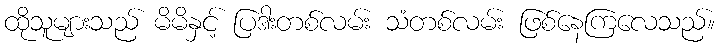
ထိုသူများသည် မိမိနှင့် ပြဒါးတစ်လမ်း သံတစ်လမ်း ဖြစ်နေကြလေသည်။